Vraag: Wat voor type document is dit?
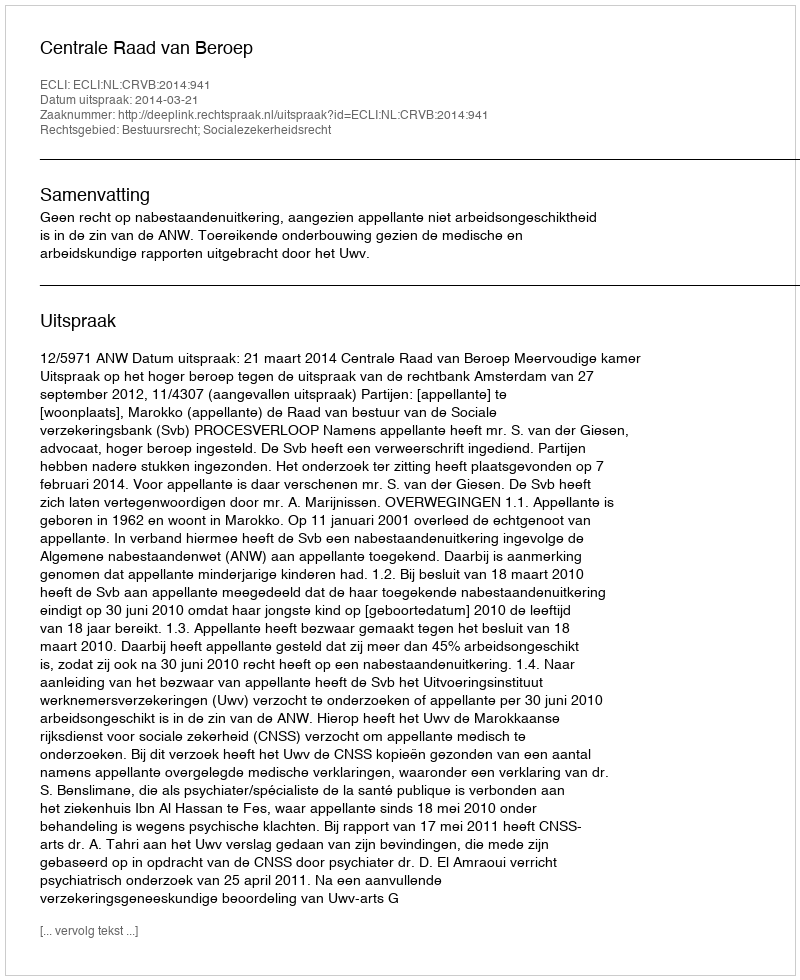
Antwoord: Uitspraak